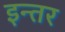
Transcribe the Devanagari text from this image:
इन्तर